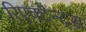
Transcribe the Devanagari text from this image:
रिएक्टैन्ट्स